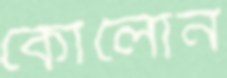
কোলোন